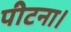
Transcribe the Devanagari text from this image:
पीटना।